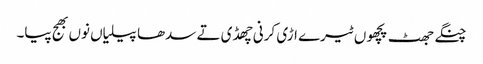
چنگے جھٹ پچھوں ٹیرے اڑی کرنی چھڈی تے سدھا پیلیاں نوں بھج پیا۔